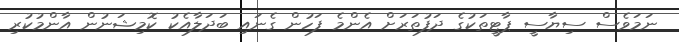
ނަަމަވެސް ސިޔާސީ ޕާޓީތަކުގެ ދަފުތަރަށް އެންމެ ފަހުން ގެނައި ބަދަލާއެކު ކޮމިޝަނުން އާންމުކުރި